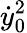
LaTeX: \dot{y}_{0}^{2}